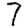
Digit: 7